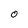
Character: O